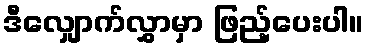
ဒီလျှောက်လွှာမှာ ဖြည့်ပေးပါ။